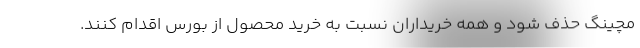
مچینگ حذف شود و همه خریداران نسبت به خرید محصول از بورس اقدام کنند.